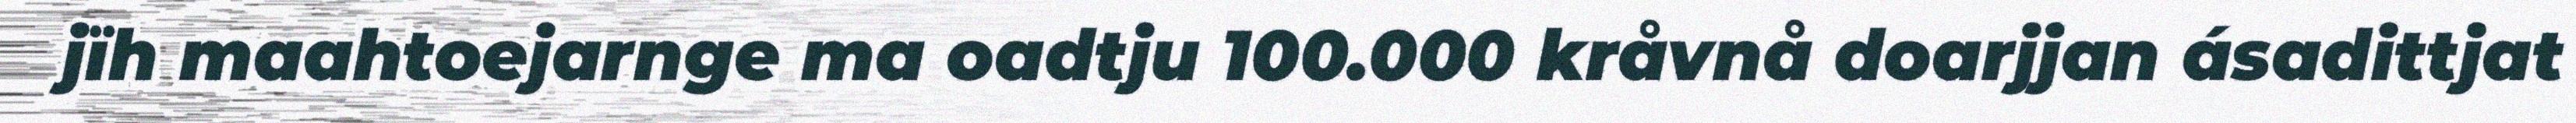
jïh maahtoejarnge ma oadtju 100.000 kråvnå doarjjan ásadittjat